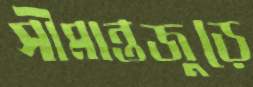
সীমান্তজুড়ে